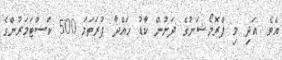
އެވެ. އަދި މި ޕްރޮމޯޝަނުގެ ދަށުން ކާޑު ހައްދާ ފުރަތަމަ 500 ކަސްޓަމަރުންގެ